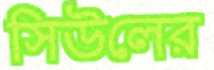
সিউলের